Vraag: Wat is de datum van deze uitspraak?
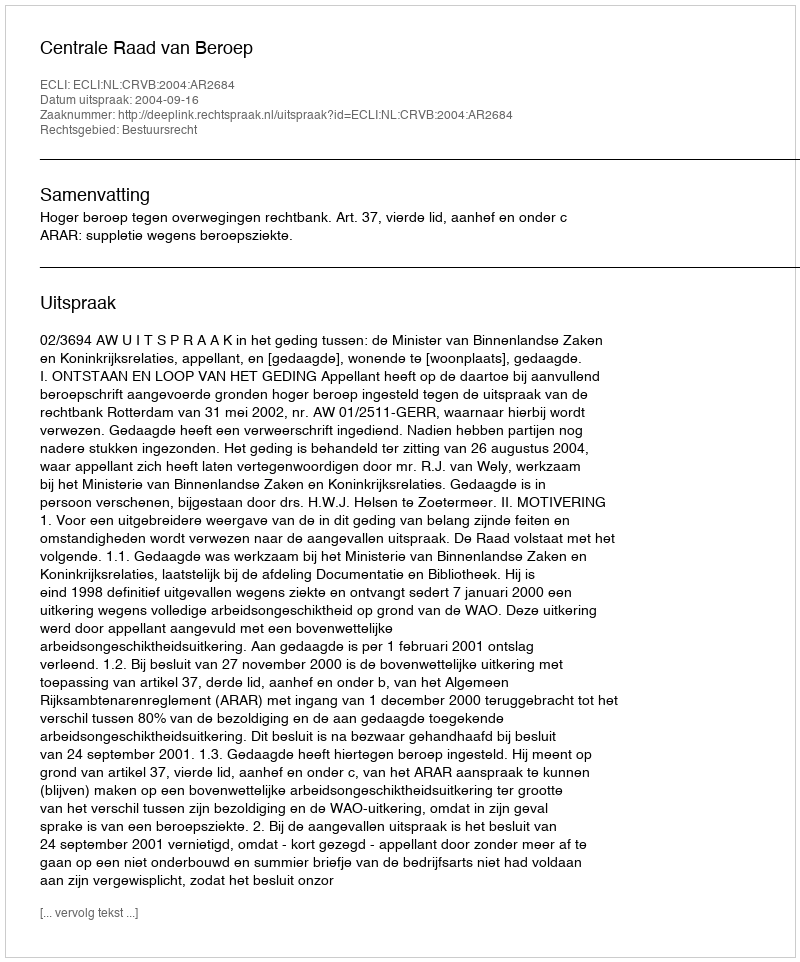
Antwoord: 2004-09-16